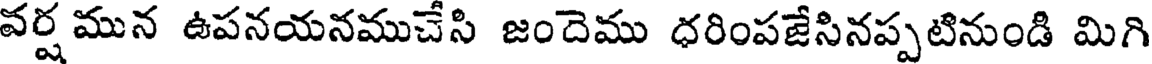
వర్ష మున ఉపనయనముచేసి జందెము ధరింపజేసినప్పటినుండి మిగి